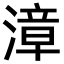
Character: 漳